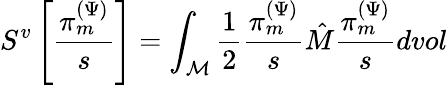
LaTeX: S^{v}\left[\frac{\pi_{m}^{(\Psi)}}{s}\right]=\int_{\mathcal{M}}\frac{1}{2}\frac{\pi_{m}^{(\Psi)}}{s}\hat{M}\frac{\pi_{m}^{(\Psi)}}{s}dvol